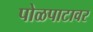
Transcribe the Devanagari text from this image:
पोळपाटावर